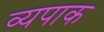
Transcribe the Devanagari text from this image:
व्यपाक